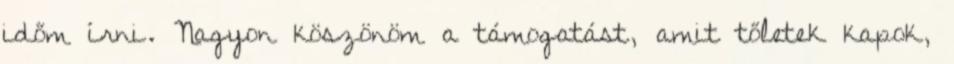
időm írni. Nagyon köszönöm a támogatást, amit tőletek kapok,